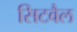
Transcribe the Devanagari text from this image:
सिटवैल